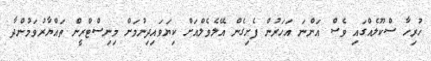
ހުރިހާ ސްކޫލެއްގައި ވެސް އަންނަ އަހަރުން ފެށިގެން އޭލެވެލްއަށް ކިޔަވައިދިނުމަށް މިނިސްޓްރީން ތައްޔާރުވަމުންދާ